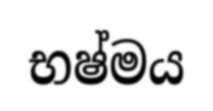
භෂ්මය